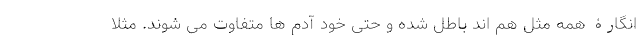
انگارۀ همه مثل هم اند باطل شده و حتی خود آدم ها متفاوت می شوند. مثلا